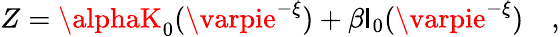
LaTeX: Z=\alphaK_{0}(\varpie^{-\xi})+\beta\mathsf{I}_{0}(\varpie^{-\xi})\quad,